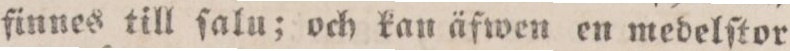
finnes till ſalu; och kan äfwen en medelſtor